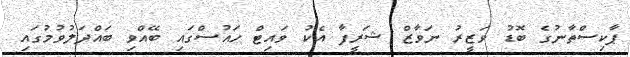
ޕާކިސްތާނުގެ ބޮޑު ވަޒީރު ނަވާޒް ޝަރީފާ އެކު ވައިޓް ހައުސްގައި ބޭއްވި ބައްދަލުވުމުގައި